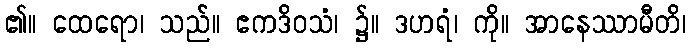
၏။ ထေရော၊ သည်။ ဧကဒိဝသံ၊ ၌။ ဒဟရံ၊ ကို။ အာနေဿာမီတိ၊